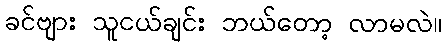
ခင်ဗျား သူငယ်ချင်း ဘယ်တော့ လာမလဲ။